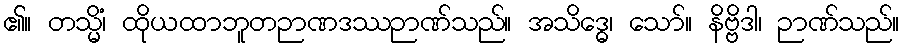
၏။ တသ္မိံ၊ ထိုယထာဘူတဉာဏဒဿဉာဏ်သည်။ အသိဒ္ဓေ၊ သော်။ နိဗ္ဗိဒါ၊ ဉာဏ်သည်။